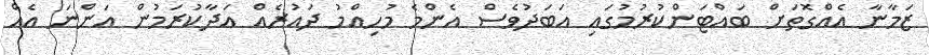
ޒަމާނާ އެއްގޮތަށް ބައްޓަންކުރުމުގައި އަބަދުވެސް އެންމެ މުހިއްމު ދައުރެއް އަދާކުރަމުން އަންނަ އެއް